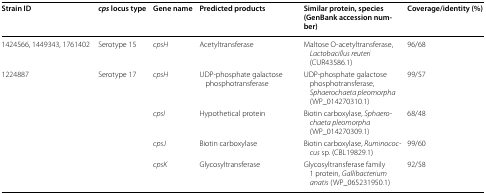
| Strain ID | cps locus type | Gene name | Predicted products | Similar protein, species (GenBank accession number) | Coverage/identity (%) |
 | --- | --- | --- | --- | --- | --- |
 | 1424566, 1449343, 1761402 | Serotype 15 | cpsH | Acetyltransferase | Maltose O-acetyltransferase, Lactobacillus reuteri (CUR43586.1) | 96/68 |
 | 1224887 | Serotype 17 | cpsH | UDP-phosphate galactose phosphotransferase | UDP-phosphate galactose phosphotransferase, Sphaerochaeta pleomorpha (WP_014270310.1) | 99/57 |
 |  |  | cpsI | Hypothetical protein | Biotin carboxylase, Sphaerochaeta pleomorpha (WP_014270309.1) | 68/48 |
 |  |  | cpsJ | Biotin carboxylase | Biotin carboxylase, Ruminococcus sp. (CBL19829.1) | 99/60 |
 |  |  | cpsK | Glycosyltransferase | Glycosyltransferase family 1 protein, Gallibacterium anatis (WP_065231950.1) | 92/58 |